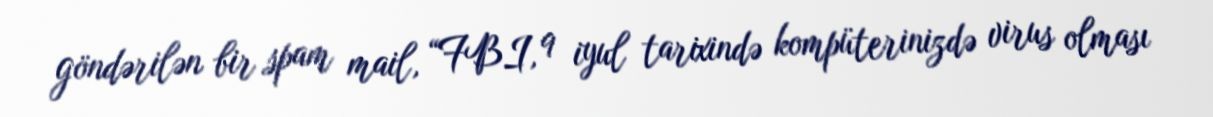
göndərilən bir spam mail, “FBI, 9 iyul tarixində kompüterinizdə virus olması